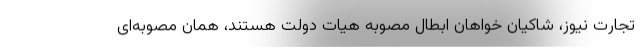
تجارت نیوز، شاکیان خواهان ابطال مصوبه‌ هیات دولت هستند، همان مصوبه‌ای